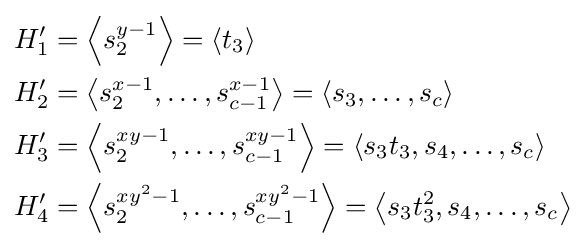
{\begin{aligned}H_{1}'&=\left\langle s_{2}^{y-1}\right\rangle =\left\langle t_{3}\right\rangle \\H_{2}'&=\left\langle s_{2}^{x-1},\ldots ,s_{c-1}^{x-1}\right\rangle =\left\langle s_{3},\ldots ,s_{c}\right\rangle \\H_{3}'&=\left\langle s_{2}^{xy-1},\ldots ,s_{c-1}^{xy-1}\right\rangle =\left\langle s_{3}t_{3},s_{4},\ldots ,s_{c}\right\rangle \\H_{4}'&=\left\langle s_{2}^{xy^{2}-1},\ldots ,s_{c-1}^{xy^{2}-1}\right\rangle =\left\langle s_{3}t_{3}^{2},s_{4},\ldots ,s_{c}\right\rangle \end{aligned}}